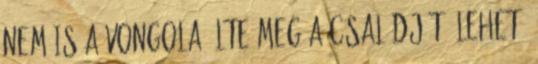
nem is a Vongola ölte meg a családját. Lehet,